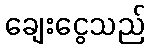
ချေးငွေသည်